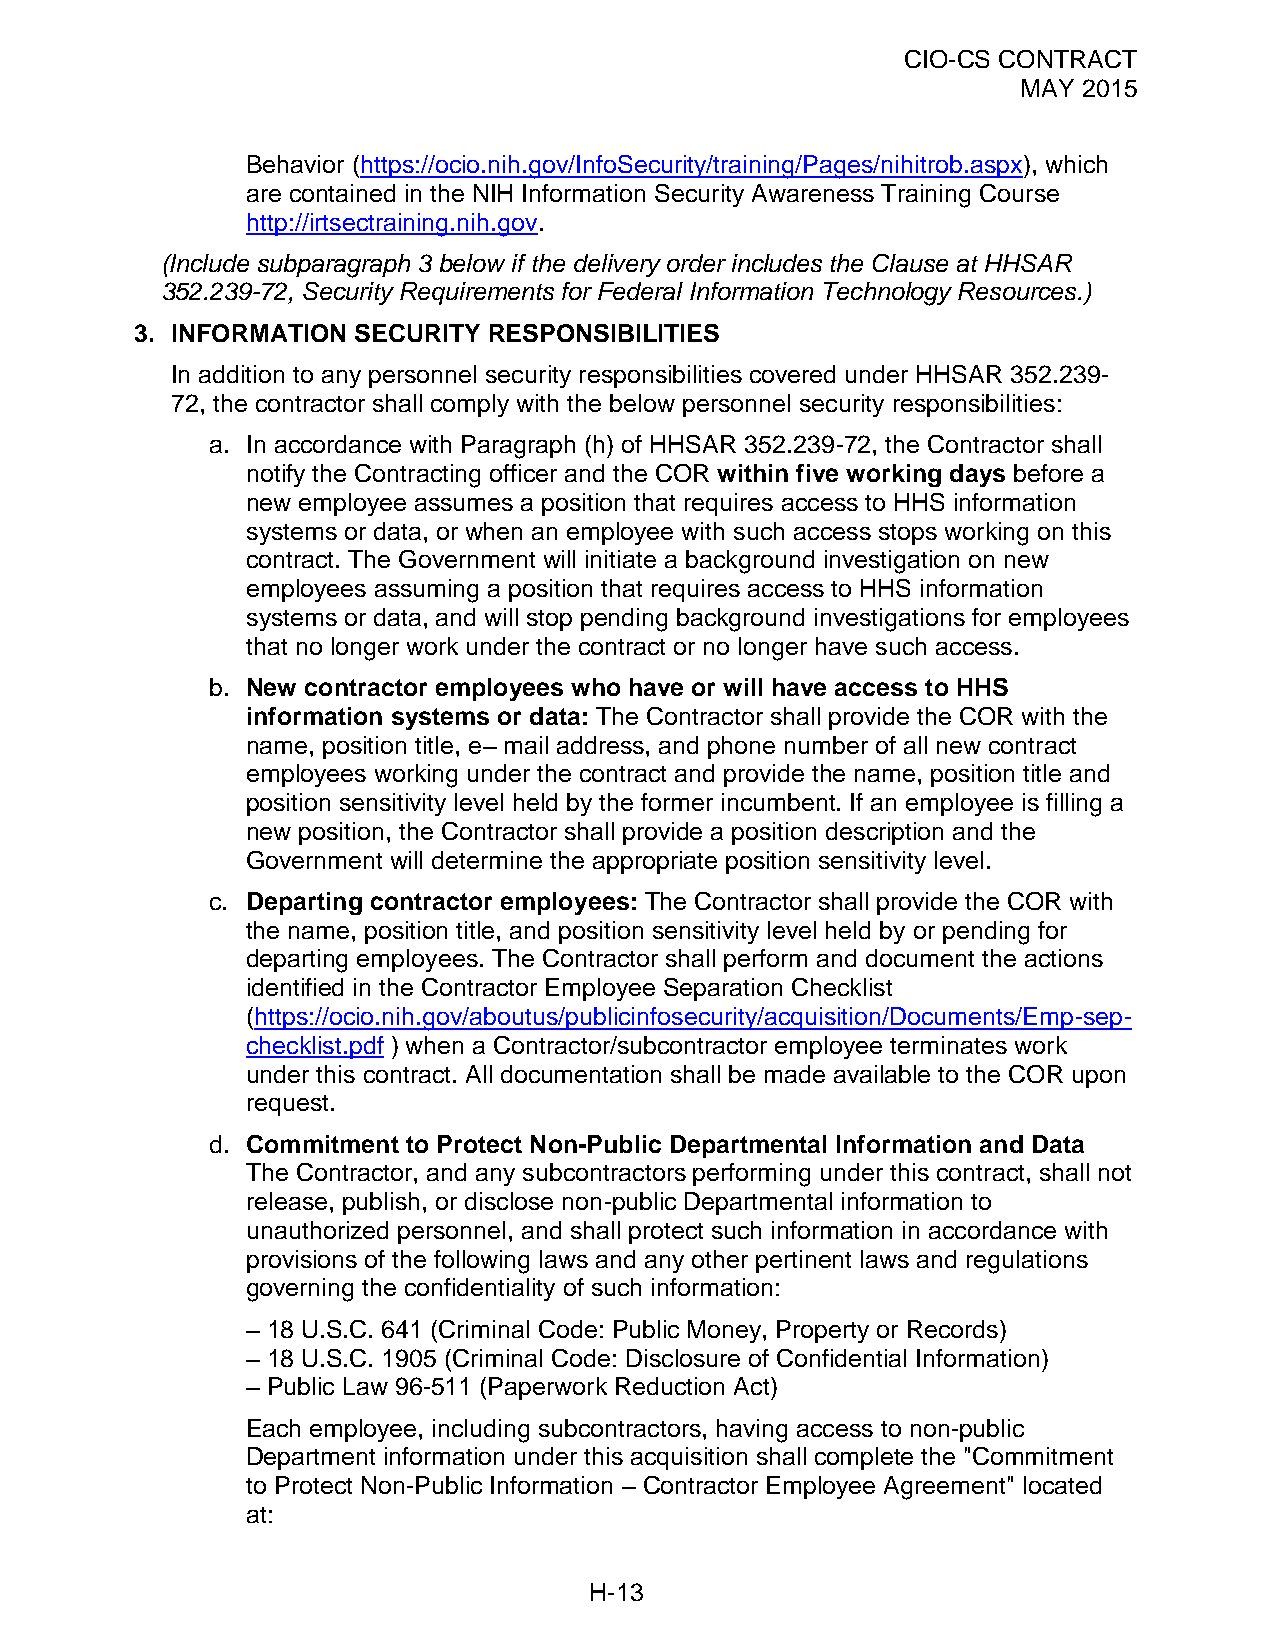
CIO-CS CONTRACT
 MAY 2015
 Behavior (https://ocio.nih.gov/InfoSecurity/training/Pages/nihitrob.aspx), which
 are contained in the NIH Information Security Awareness Training Course
 http://irtsectraining.nih.gov.
 (Include subparagraph 3 below if the delivery order includes the Clause at HHSAR
 352.239-72, Security Requirements for Federal Information Technology Resources.)
 3. INFORMATION SECURITY RESPONSIBILITIES
 In addition to any personnel security responsibilities covered under HHSAR 352.239-
 72, the contractor shall comply with the below personnel security responsibilities:
 a. In accordance with Paragraph (h) of HHSAR 352.239-72, the Contractor shall
 notify the Contracting officer and the COR within five working days before a
 new employee assumes a position that requires access to HHS information
 systems or data, or when an employee with such access stops working on this
 contract. The Government will initiate a background investigation on new
 employees assuming a position that requires access to HHS information
 systems or data, and will stop pending background investigations for employees
 that no longer work under the contract or no longer have such access.
 b. New contractor employees who have or will have access to HHS
 information systems or data: The Contractor shall provide the COR with the
 name, position title, e– mail address, and phone number of all new contract
 employees working under the contract and provide the name, position title and
 position sensitivity level held by the former incumbent. If an employee is filling a
 new position, the Contractor shall provide a position description and the
 Government will determine the appropriate position sensitivity level.
 c. Departing contractor employees: The Contractor shall provide the COR with
 the name, position title, and position sensitivity level held by or pending for
 departing employees. The Contractor shall perform and document the actions
 identified in the Contractor Employee Separation Checklist
 (https://ocio.nih.gov/aboutus/publicinfosecurity/acquisition/Documents/Emp-sep-
 checklist.pdf ) when a Contractor/subcontractor employee terminates work
 under this contract. All documentation shall be made available to the COR upon
 request.
 d. Commitment to Protect Non-Public Departmental Information and Data
 The Contractor, and any subcontractors performing under this contract, shall not
 release, publish, or disclose non-public Departmental information to
 unauthorized personnel, and shall protect such information in accordance with
 provisions of the following laws and any other pertinent laws and regulations
 governing the confidentiality of such information:
 – 18 U.S.C. 641 (Criminal Code: Public Money, Property or Records)
 – 18 U.S.C. 1905 (Criminal Code: Disclosure of Confidential Information)
 – Public Law 96-511 (Paperwork Reduction Act)
 Each employee, including subcontractors, having access to non-public
 Department information under this acquisition shall complete the "Commitment
 to Protect Non-Public Information – Contractor Employee Agreement" located
 at:
 H-13